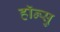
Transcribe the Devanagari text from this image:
हाॅन्सु